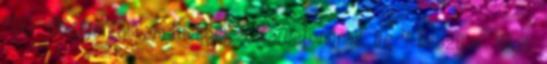
PSG: „Beajánlottam Mbappét a Barcelonának, de ” Brazília: „Azt